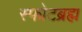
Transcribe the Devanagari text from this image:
स्फोटब्रह्म